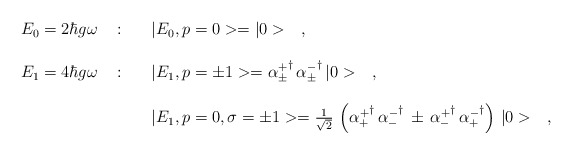
\begin{align*}\begin{array}{r c l}E_0=2\hbar g\omega\ &:&\ \ \ |E_0,p=0>=|0>\ \ \ ,\\ \\E_1=4\hbar g\omega\ &:&\ \ \ |E_1,p=\pm 1>={\alpha^+_\pm}^\dagger\,{\alpha^-_\pm}^\dagger\,|0>\ \ \ ,\\ \\& &\ \ \ |E_1,p=0,\sigma=\pm 1>=\frac{1}{\sqrt{2}}\,\left({\alpha^+_+}^\dagger\,{\alpha^-_-}^\dagger\,\pm\,{\alpha^+_-}^\dagger\,{\alpha^-_+}^\dagger\right)\,|0>\ \ \ ,\end{array}\end{align*}